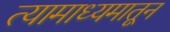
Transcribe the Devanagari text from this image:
त्यामाध्यमातून